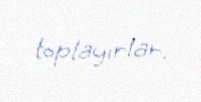
toplayırlar.